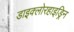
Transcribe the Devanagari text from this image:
डाइक्लोरहाइड्रिन